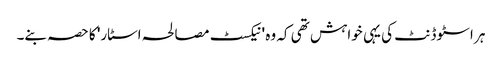
ہر اسٹوڈنٹ کی یہی خواہش تھی کہ وہ 'نیکسٹ مصالحہ اسٹار' کا حصہ بنے۔